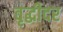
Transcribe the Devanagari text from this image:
वृद्धीदर